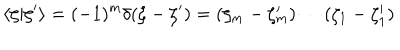
\langle \zeta | \zeta ^ { \prime } \rangle = ( - 1 ) ^ { m } \delta ( \zeta - \zeta ^ { \prime } ) = ( \zeta _ { m } - \zeta _ { m } ^ { \prime } ) \cdots ( \zeta _ { 1 } - \zeta _ { 1 } ^ { \prime } )